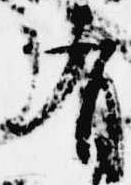
有